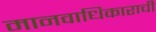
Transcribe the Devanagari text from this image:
मानवाधिकाराची